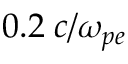
0 . 2 \; c / \omega _ { p e }